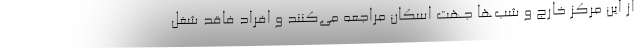
از این مرکز خارج و شب‌ها جهت اسکان مراجعه می‌کنند و افراد فاقد شغل